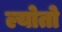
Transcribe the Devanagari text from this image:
ल्योतो